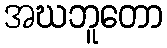
အဃဘူတော